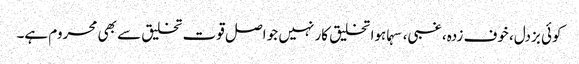
کوئی بزدل، خوف زدہ، غبی، سہماہوا تخلیق کار نہیں جو اصل قوت تخلیق سے بھی محروم ہے۔